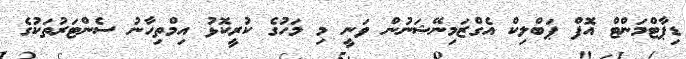
ޑިޕާޓްމަންޓް އޮފް ޕަބްލިކް އެގްޒަމިނޭޝަނުން ވަނީ މި މަހުގެ ކުރީކޮޅު އިމްތިހާނު ސެންޓަރުތަކުގެ